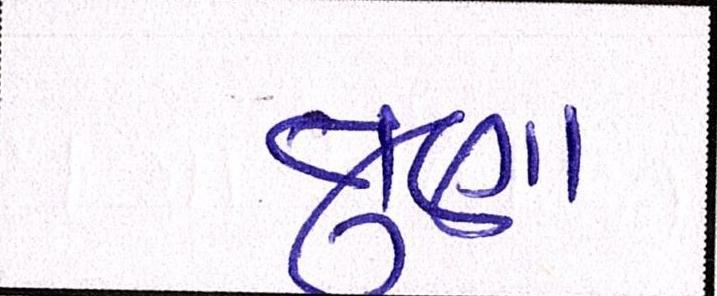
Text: તુણા